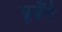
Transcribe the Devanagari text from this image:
ढूढ़ँने